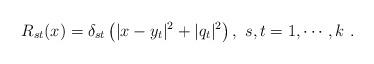
LaTeX: \begin{align*}R_{st}(x) = \delta_{st} \left( |x-y_t|^2 + |q_t|^2\right), ~s,t=1,\cdots,k~.\end{align*}